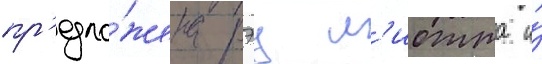
пр'едло́жена рэу л'иотта и́